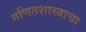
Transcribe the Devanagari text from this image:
गणितशास्त्राचा